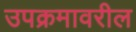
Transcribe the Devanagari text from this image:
उपक्रमावरील